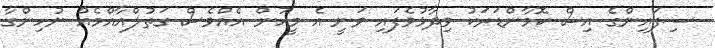
ސިފައިންގެ އިސް ކޮމާންޑަރަކު ވިދާޅުވެފައި ވަނީ އެ މީހުން އެއްވެސް ގަތުލްއާއްމެއް ނުހިންގާ